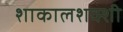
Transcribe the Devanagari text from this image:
शाकालशक्शी